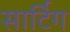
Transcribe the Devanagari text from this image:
सार्टिग